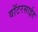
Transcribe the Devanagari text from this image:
वॉटरसाईड